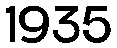
1935